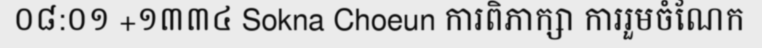
០៨:០១ +១៣៣៤ Sokna Choeun ការពិភាក្សា ការរួមចំណែក